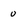
Character: 0